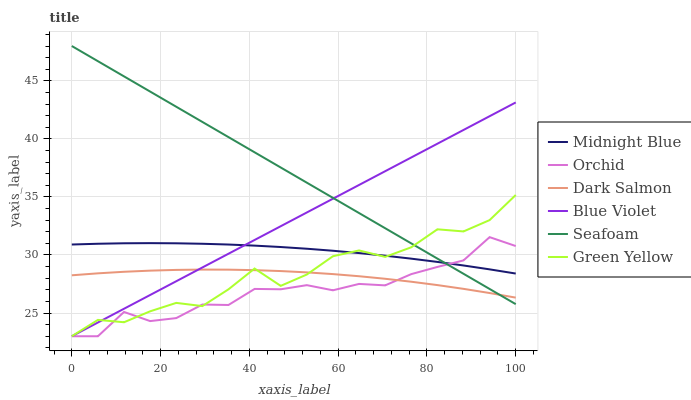
| xaxis_label | Midnight Blue | Orchid | Dark Salmon | Blue Violet | Seafoam | Green Yellow |
 | --- | --- | --- | --- | --- | --- | --- |
 | 0 | 30.9 | 23 | 28.3 | 23 | 48 | 23 |
 | 5.88 | 31 | 23 | 28.4 | 24.2 | 46.7 | 24.4 |
 | 11.8 | 31 | 25.1 | 28.6 | 25.4 | 45.4 | 24.2 |
 | 17.6 | 31 | 24.3 | 28.7 | 26.6 | 44.1 | 25.1 |
 | 23.5 | 31 | 24.6 | 28.7 | 27.7 | 42.8 | 25.9 |
 | 29.4 | 31 | 25.7 | 28.7 | 28.9 | 41.5 | 25.6 |
 | 35.3 | 30.9 | 25.7 | 28.7 | 30.1 | 40.2 | 27 |
 | 41.2 | 30.8 | 27.1 | 28.7 | 31.3 | 38.8 | 28.8 |
 | 47.1 | 30.7 | 27 | 28.6 | 32.5 | 37.5 | 27.3 |
 | 52.9 | 30.5 | 27.4 | 28.5 | 33.7 | 36.2 | 28.3 |
 | 58.8 | 30.4 | 27 | 28.4 | 34.8 | 34.9 | 29.9 |
 | 64.7 | 30.2 | 27.5 | 28.2 | 36 | 33.6 | 30.4 |
 | 70.6 | 29.9 | 27.4 | 28 | 37.2 | 32.3 | 29.8 |
 | 76.5 | 29.7 | 28.4 | 27.7 | 38.4 | 31 | 30.7 |
 | 82.4 | 29.4 | 29 | 27.4 | 39.6 | 29.7 | 32.2 |
 | 88.2 | 29.1 | 29.5 | 27.1 | 40.8 | 28.4 | 32 |
 | 94.1 | 28.8 | 31.5 | 26.7 | 42 | 27.1 | 33 |
 | 100 | 28.4 | 30.8 | 26.3 | 43.1 | 25.8 | 35.2 |